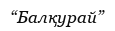
“Балқурай”